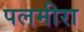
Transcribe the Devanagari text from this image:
पलमीरा